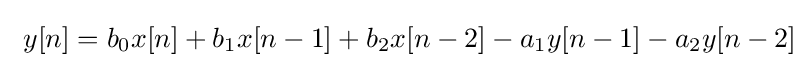
\ y[n]=b_{0}x[n]+b_{1}x[n-1]+b_{2}x[n-2]-a_{1}y[n-1]-a_{2}y[n-2]